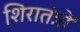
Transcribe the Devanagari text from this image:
शिरातंत्रों